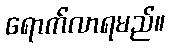
ရောက်လာရမည်။